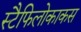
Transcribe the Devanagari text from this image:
स्टैफिलोकाकस